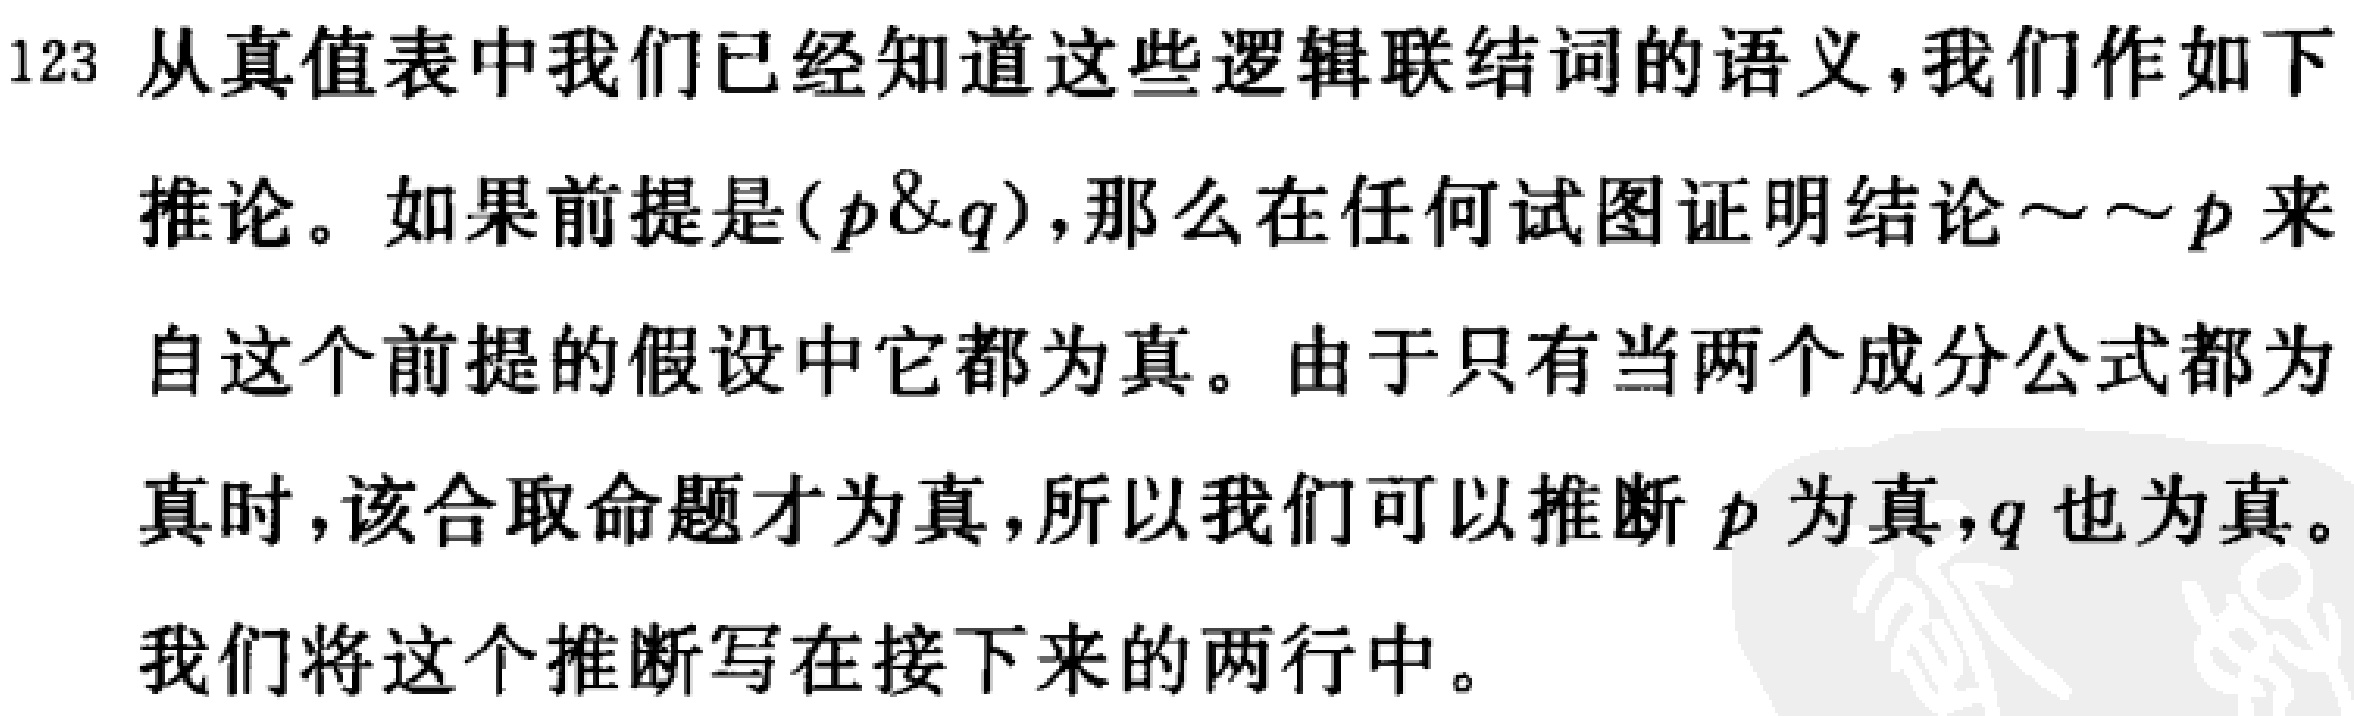
从真值表中我们已经知道这些逻辑联结词的语义,我们作如下
推论。如果前提是\((p\&q)\),那么在任何试图证明结论\(\sim\sim p\)来
自这个前提的假设中它都为真。由于只有当两个成分公式都为
真时,该合取命题才为真,所以我们可以推断\(p\)为真,\(q\)也为真。
我们将这个推断写在接下来的两行中。